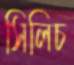
সিলিচ